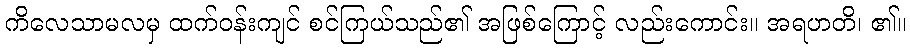
ကိလေသာမလမှ ထက်ဝန်းကျင် စင်ကြယ်သည်၏ အဖြစ်ကြောင့် လည်းကောင်း။ အရဟတိ၊ ၏။